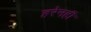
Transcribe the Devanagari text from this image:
हरेनहीं